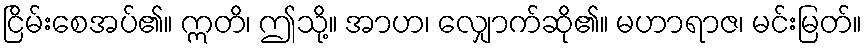
ငြိမ်းစေအပ်၏။ ဣတိ၊ ဤသို့။ အာဟ၊ လျှောက်ဆို၏။ မဟာရာဇ၊ မင်းမြတ်။